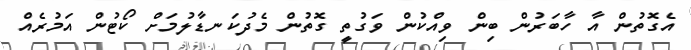
އެގޮތުން އާ ހާބަރުން ބިން ވިއްކުން ވަގުތީ ގޮތުން މެދުކަނޑާލުމަށް ކޯޓުން އަމުރެއް